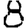
Digit: 8